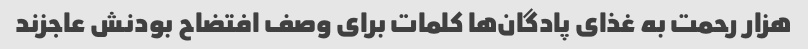
هزار رحمت به غذای پادگان‌ها کلمات برای وصف افتضاح بودنش عاجزند